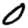
Digit: 0